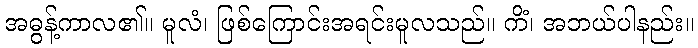
အဓွန့်ကာလ၏။ မူလံ၊ ဖြစ်ကြောင်းအရင်းမူလသည်။ ကိံ၊ အဘယ်ပါနည်း။